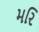
મરિ